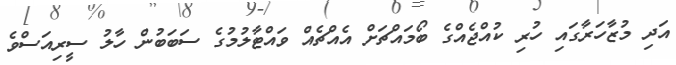
އަދި މުޒާހަރާގައި ހުރި ކުއްޖެއްގެ ބޯމައްޗަށް އެއްޗެއް ވައްޓާލުމުގެ ސަބަބުން ހާލު ސީރިއަސްވެ